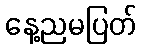
နေ့ညမပြတ်